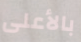
بالأعلى